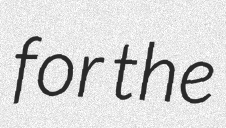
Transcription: for the